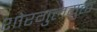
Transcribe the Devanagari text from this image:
शोरगुलयुक्त